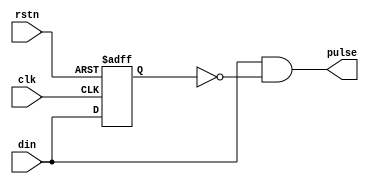
module Redge(
    rstn,
    clk,
    din,
    pulse
);
input wire rstn;
input wire clk;
input wire din;
output wire pulse;
reg din_dly;
assign pulse=din&(!din_dly);
always@(posedge clk or negedge rstn)
    begin
        if(!rstn)
            din_dly<=1'b0;
        else
            din_dly<=din;
    end  
endmodule